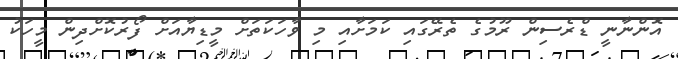
އޮންނާނީ ޑްރެސިން ރޫމުގެ ތެރޭގައި ކަމަށާއި މި ވާހަކަތަށް މީޑިޔާއަށް ފޯރުކޮށްދިން މީހަކު